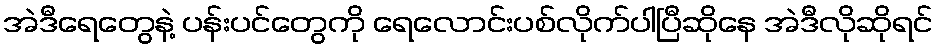
အဲဒီရေတွေနဲ့ ပန်းပင်တွေကို ရေလောင်းပစ်လိုက်ပါပြီဆိုနေ အဲဒီလိုဆိုရင်